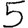
Digit: 5